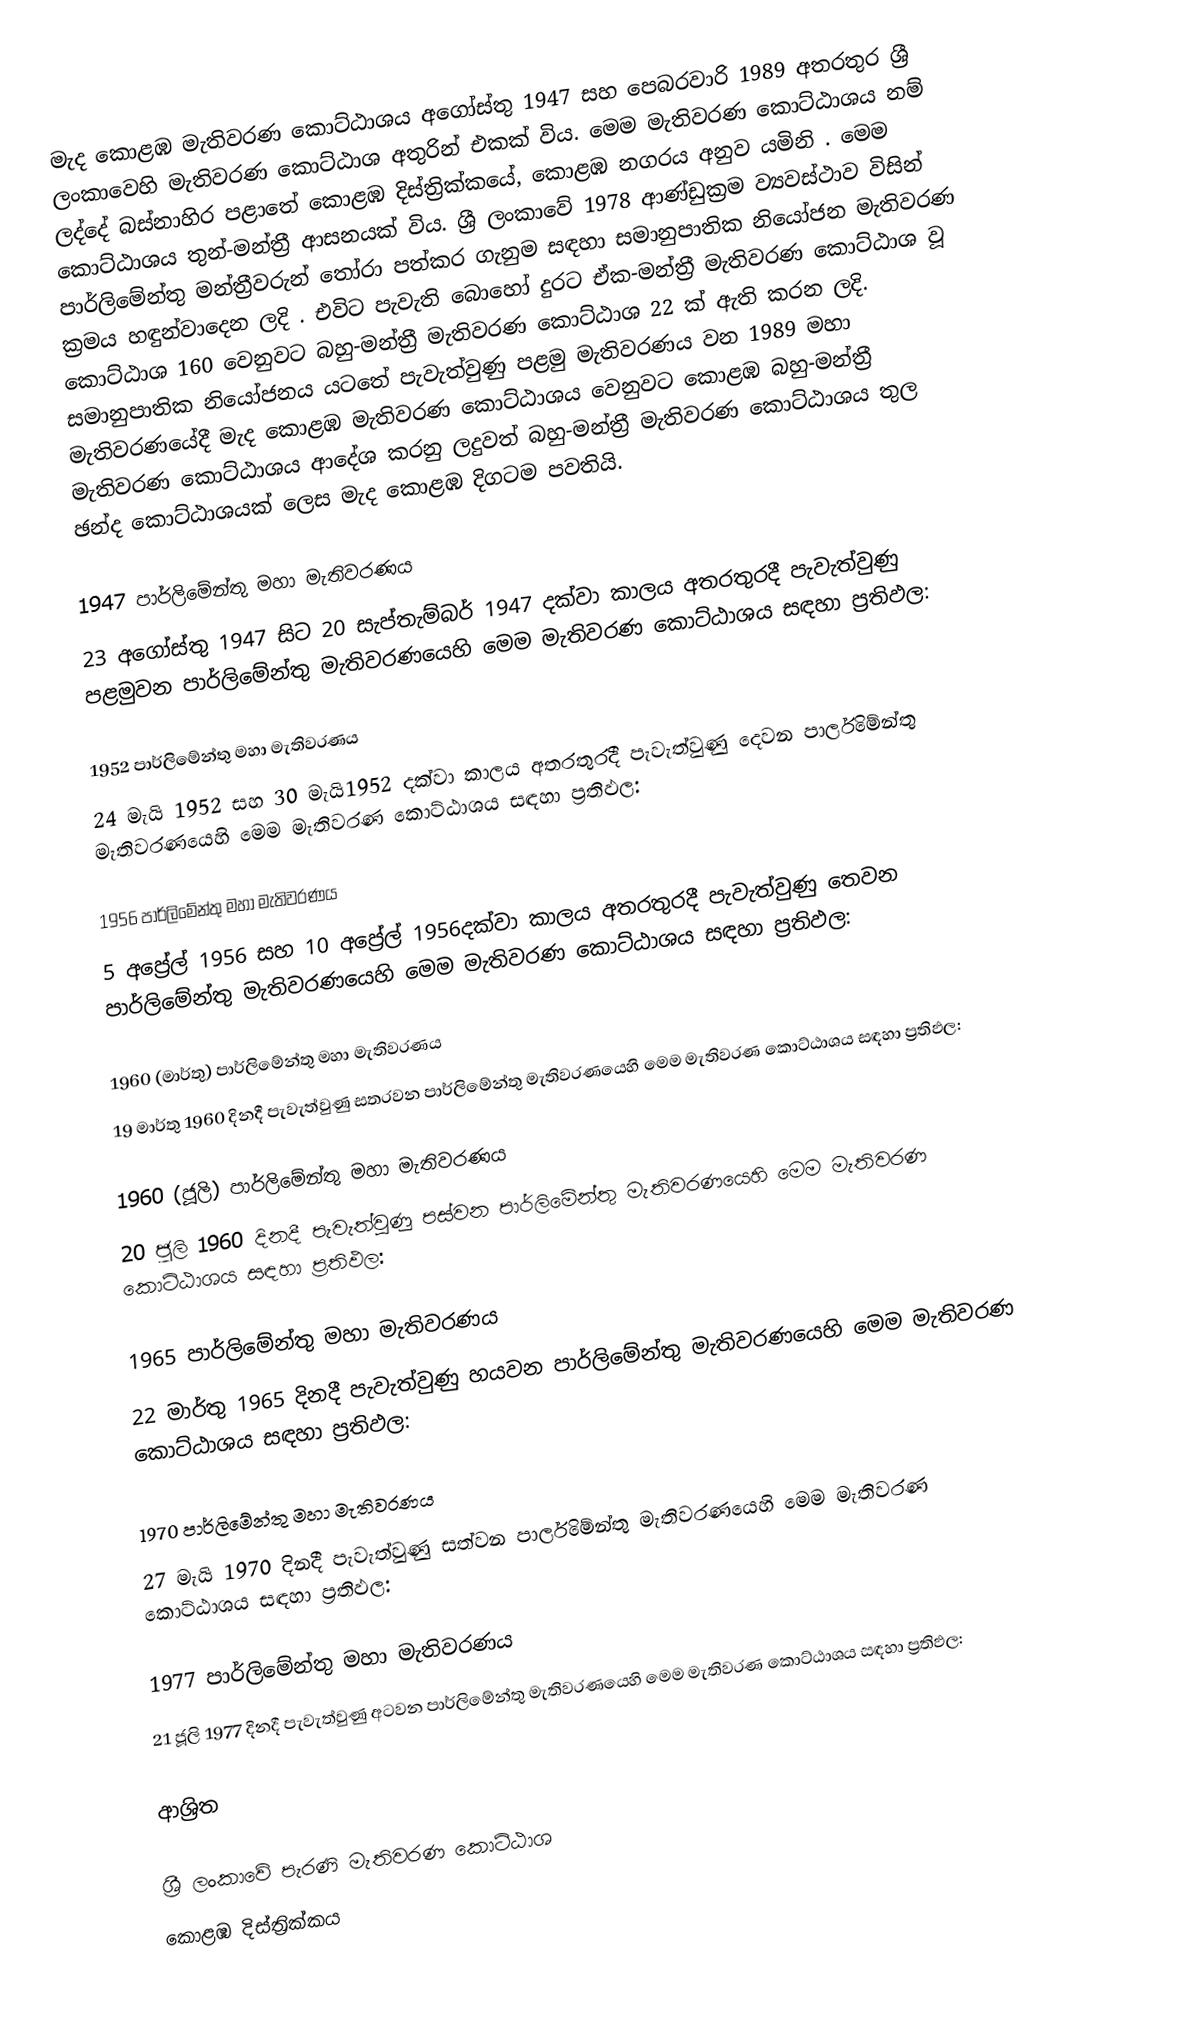
මැද කොළඹ මැතිවරණ කොට්ඨාශය  අගෝස්තු 1947 සහ පෙබරවාරි 1989 අතරතුර  ශ්‍රී ලංකාවෙහි  මැතිවරණ කොට්ඨාශ අතුරින් එකක් විය. මෙම මැතිවරණ කොට්ඨාශය නම් ලද්දේ  බස්නාහිර පළාතේ  කොළඹ දිස්ත්‍රික්කයේ,  කොළඹ නගරය අනුව යමිනි . මෙම කොට්ඨාශය තුන්-මන්ත්‍රී ආසනයක් විය. ශ්‍රී ලංකාවේ 1978 ආණ්ඩුක්‍රම ව්‍යවස්ථාව විසින්   පාර්ලිමේන්තු මන්ත්‍රීවරුන් තෝරා පත්කර ගැනුම සඳහා සමානුපාතික නියෝජන මැතිවරණ ක්‍රමය හඳුන්වාදෙන ලදි . එවිට පැවැති බොහෝ දුරට  ඒක-මන්ත්‍රී මැතිවරණ කොට්ඨාශ වූ කොට්ඨාශ 160 වෙනුවට බහු-මන්ත්‍රී මැතිවරණ කොට්ඨාශ 22 ක් ඇති කරන ලදි. සමානුපාතික නියෝජනය යටතේ පැවැත්වුණු  පළමු මැතිවරණය වන 1989 මහා මැතිවරණයේදී  මැද කොළඹ මැතිවරණ කොට්ඨාශය වෙනුවට  කොළඹ බහු-මන්ත්‍රී මැතිවරණ කොට්ඨාශය  ආදේශ කරනු ලදුවත් බහු-මන්ත්‍රී මැතිවරණ කොට්ඨාශය තුල ඡන්ද කොට්ඨාශයක් ලෙස මැද කොළඹ දිගටම පවතියි.

1947 පාර්ලිමේන්තු මහා මැතිවරණය
23 අගෝස්තු 1947 සිට 20 සැප්තැම්බර් 1947 දක්වා කාලය අතරතුරදී පැවැත්වුණු   පළමුවන පාර්ලිමේන්තු මැතිවරණයෙහි මෙම මැතිවරණ කොට්ඨාශය සඳහා ප්‍රතිඵල:

1952 පාර්ලිමේන්තු මහා මැතිවරණය
24 මැයි 1952 සහ 30 මැයි1952 දක්වා කාලය අතරතුරදී පැවැත්වුණු   දෙවන පාර්ලිමේන්තු මැතිවරණයෙහි මෙම මැතිවරණ කොට්ඨාශය සඳහා ප්‍රතිඵල:

1956 පාර්ලිමේන්තු මහා මැතිවරණය
5 අප්‍රේල් 1956 සහ 10 අප්‍රේල් 1956දක්වා කාලය අතරතුරදී පැවැත්වුණු   තෙවන පාර්ලිමේන්තු මැතිවරණයෙහි මෙම මැතිවරණ කොට්ඨාශය සඳහා ප්‍රතිඵල:

1960 (මාර්තු) පාර්ලිමේන්තු මහා මැතිවරණය
19 මාර්තු 1960 දිනදී පැවැත්වුණු   සතරවන පාර්ලිමේන්තු මැතිවරණයෙහි මෙම මැතිවරණ කොට්ඨාශය සඳහා ප්‍රතිඵල:

1960 (ජූලි) පාර්ලිමේන්තු මහා මැතිවරණය
20 ජූලි 1960 දිනදී පැවැත්වුණු   පස්වන පාර්ලිමේන්තු මැතිවරණයෙහි මෙම මැතිවරණ කොට්ඨාශය සඳහා ප්‍රතිඵල:

1965 පාර්ලිමේන්තු මහා මැතිවරණය
22 මාර්තු 1965  දිනදී පැවැත්වුණු   හයවන පාර්ලිමේන්තු මැතිවරණයෙහි මෙම මැතිවරණ කොට්ඨාශය සඳහා ප්‍රතිඵල:

1970 පාර්ලිමේන්තු මහා මැතිවරණය
27 මැයි 1970 දිනදී පැවැත්වුණු   සත්වන පාර්ලිමේන්තු මැතිවරණයෙහි මෙම මැතිවරණ කොට්ඨාශය සඳහා ප්‍රතිඵල:

1977 පාර්ලිමේන්තු මහා මැතිවරණය
21 ජූලි 1977 දිනදී පැවැත්වුණු   අටවන පාර්ලිමේන්තු මැතිවරණයෙහි මෙම මැතිවරණ කොට්ඨාශය සඳහා ප්‍රතිඵල:

ආශ්‍රිත

ශ්‍රී ලංකාවේ පැරණි මැතිවරණ කොට්ඨාශ
 කොළඹ දිස්ත්‍රික්කය